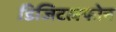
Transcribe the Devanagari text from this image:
डिजिटलफोन